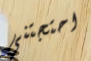
احتجتني